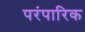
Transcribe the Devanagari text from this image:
परंपारिक